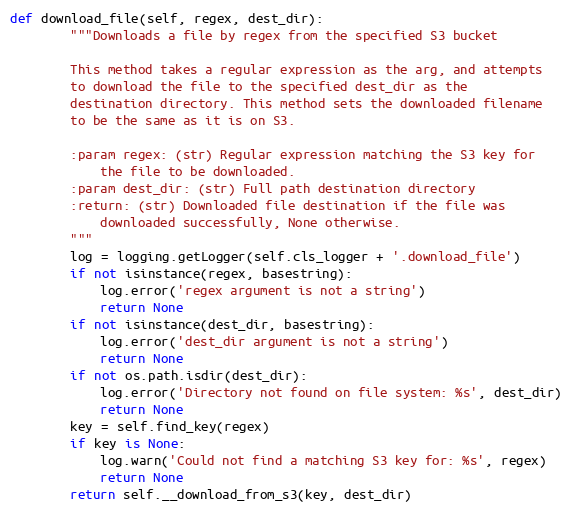
Language: Python
def download_file(self, regex, dest_dir):
        """Downloads a file by regex from the specified S3 bucket

        This method takes a regular expression as the arg, and attempts
        to download the file to the specified dest_dir as the
        destination directory. This method sets the downloaded filename
        to be the same as it is on S3.

        :param regex: (str) Regular expression matching the S3 key for
            the file to be downloaded.
        :param dest_dir: (str) Full path destination directory
        :return: (str) Downloaded file destination if the file was
            downloaded successfully, None otherwise.
        """
        log = logging.getLogger(self.cls_logger + '.download_file')
        if not isinstance(regex, basestring):
            log.error('regex argument is not a string')
            return None
        if not isinstance(dest_dir, basestring):
            log.error('dest_dir argument is not a string')
            return None
        if not os.path.isdir(dest_dir):
            log.error('Directory not found on file system: %s', dest_dir)
            return None
        key = self.find_key(regex)
        if key is None:
            log.warn('Could not find a matching S3 key for: %s', regex)
            return None
        return self.__download_from_s3(key, dest_dir)